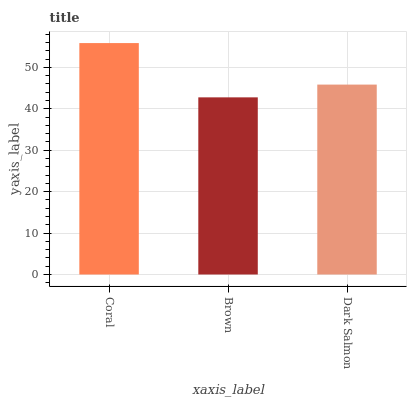
| xaxis_label | bars |
 | --- | --- |
 | Coral | 55.9 |
 | Brown | 42.8 |
 | Dark Salmon | 45.9 |